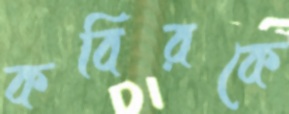
কবিরকে